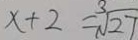
x + 2 = \sqrt [ 3 ] { 2 7 }